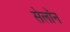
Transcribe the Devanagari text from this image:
सेलॉन